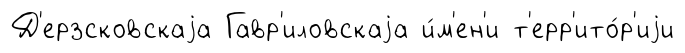
Д'ерзсковскаjа Гавр'иловскаjа и́м'ен'и т'ерр'ито́р'иjи